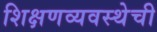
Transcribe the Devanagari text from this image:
शिक्षणव्यवस्थेची